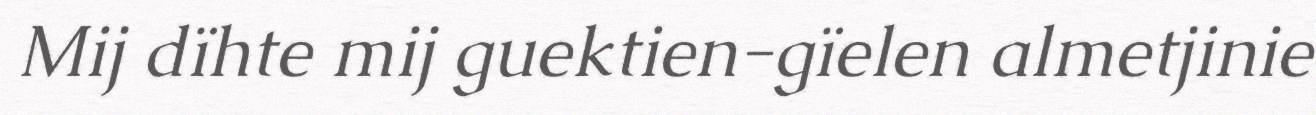
Mij dïhte mij guektien-gïelen almetjinie